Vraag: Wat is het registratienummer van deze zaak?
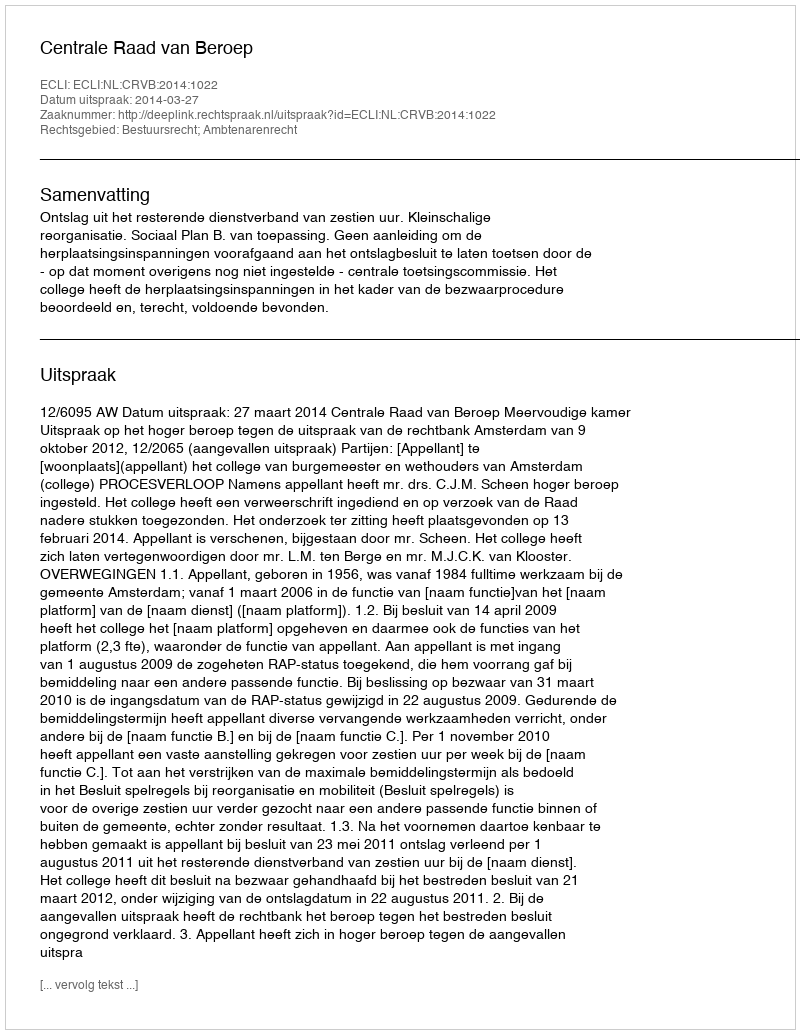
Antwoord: http://deeplink.rechtspraak.nl/uitspraak?id=ECLI:NL:CRVB:2014:1022